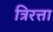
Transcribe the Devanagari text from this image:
त्रिरत्ता